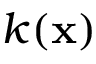
k ( \mathbf { x } )